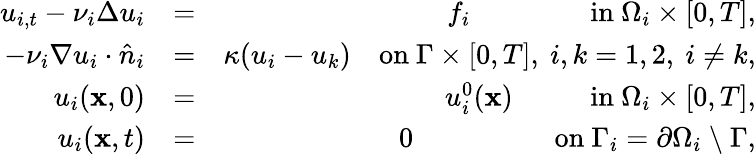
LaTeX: \begin{array}{rlr}{u_{i,t}-\nu_{i}\Delta u_{i}}&{=}&{f_{i}\ \ \ \ \ \ \qquad\ \ \ \mathrm{in}~\Omega_{i}\times[0,T],}\\ {-\nu_{i}\nabla u_{i}\cdot\hat{n}_{i}}&{=}&{\kappa(u_{i}-u_{k})\ \ \ \ \mathrm{on}~\Gamma\times[0,T],\ i,k=1,2,\ i\neq k,}\\ {u_{i}({\mathbf x},0)}&{=}&{u_{i}^{0}({\mathbf x})\ \ \ \quad\ \ \ \ \mathrm{in}~\Omega_{i}\times[0,T],}\\ {u_{i}({\mathbf x},t)}&{=}&{0\ \ \qquad\qquad\ \ \mathrm{on}~\Gamma_{i}=\partial\Omega_{i}~\backslash~\Gamma,}\end{array}